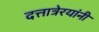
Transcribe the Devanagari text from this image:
दत्तात्रेरयांनी